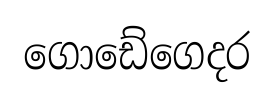
ගොඩේගෙදර